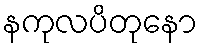
နကုလပိတုနော